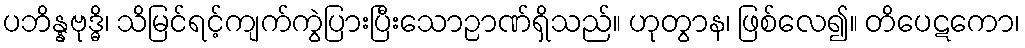
ပဘိန္နဗုဒ္ဓိ၊ သိမြင်ရင့်ကျက်ကွဲပြားပြီးသောဉာဏ်ရှိသည်။ ဟုတွာန၊ ဖြစ်လေ၍။ တိပေဋကော၊